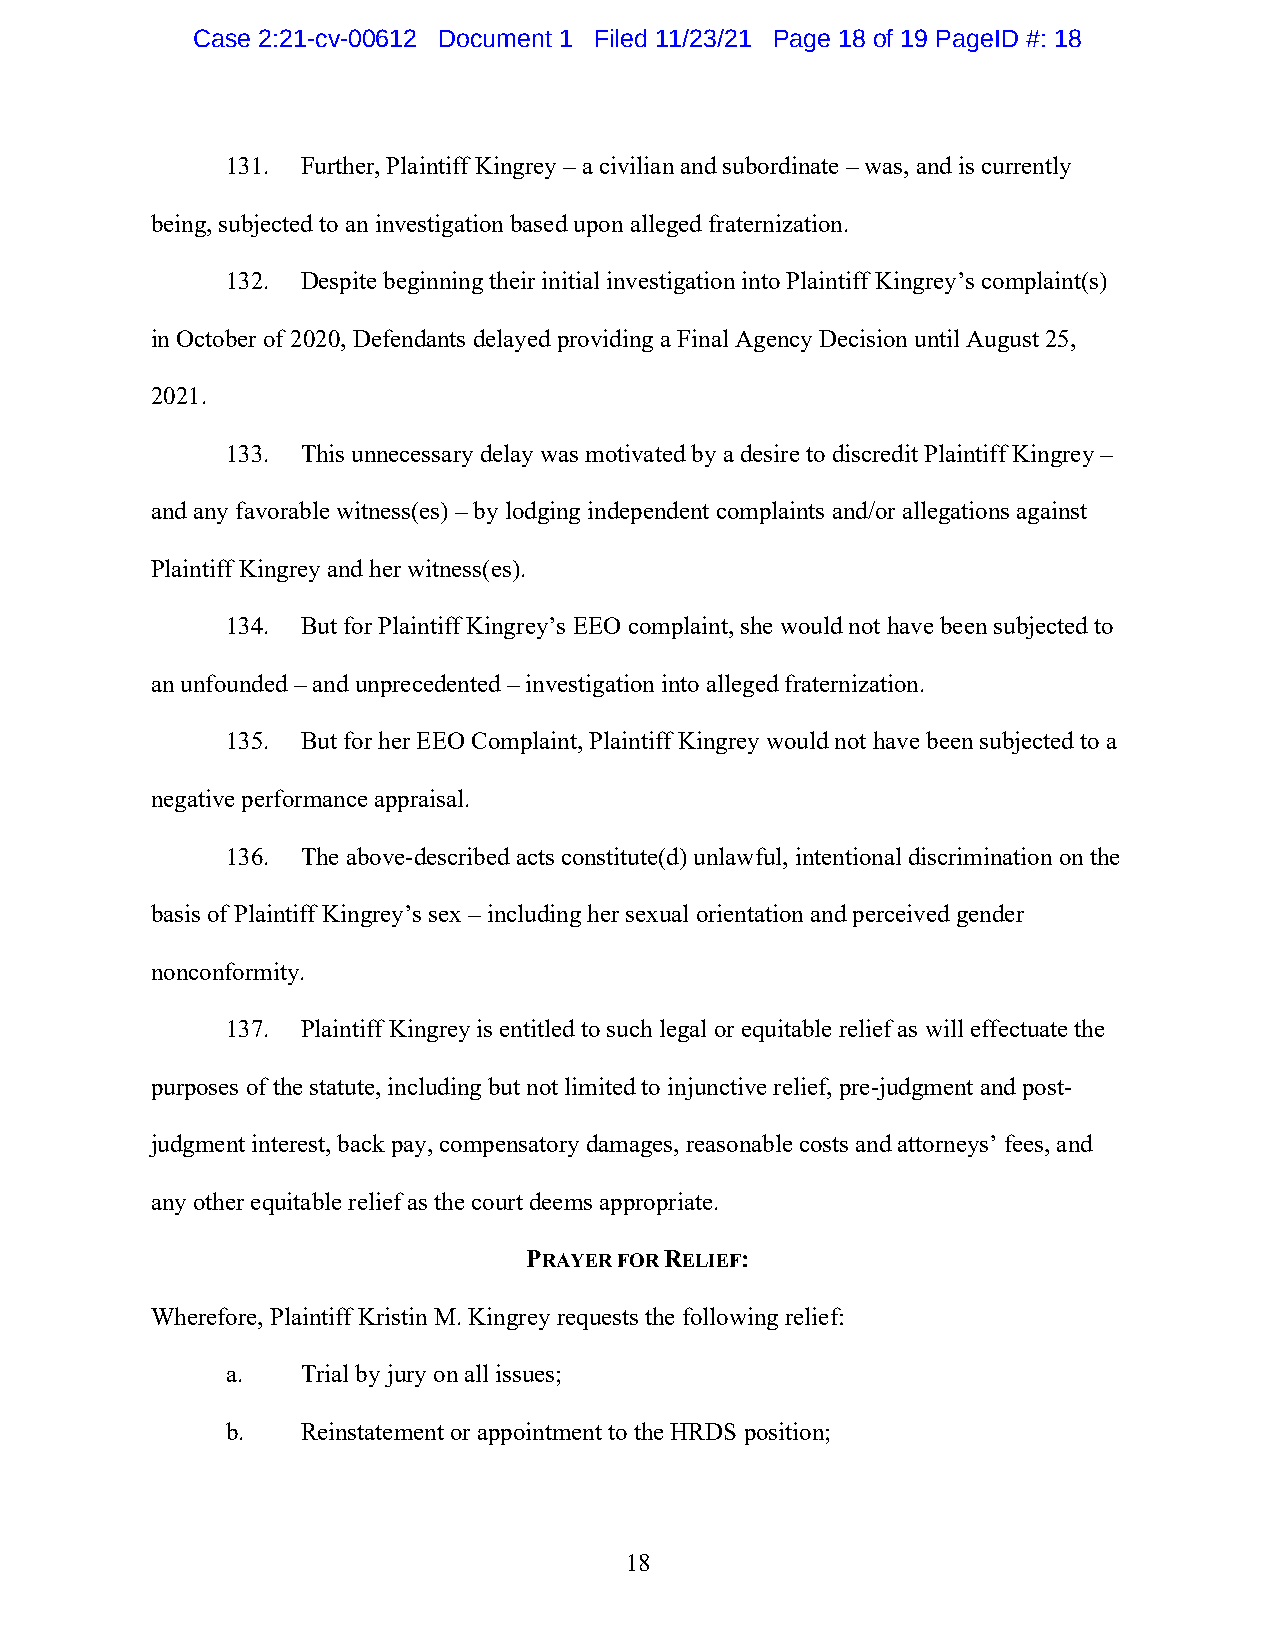
Case 2:21-cv-00612 Document 1 Filed 11/23/21 Page 18 of 19 PageID #: 18
 131. Further, Plaintiff Kingrey – a civilian and subordinate – was, and is currently
 being, subjected to an investigation based upon alleged fraternization.
 132. Despite beginning their initial investigation into Plaintiff Kingrey’s complaint(s)
 in October of 2020, Defendants delayed providing a Final Agency Decision until August 25,
 2021.
 133. This unnecessary delay was motivated by a desire to discredit Plaintiff Kingrey –
 and any favorable witness(es) – by lodging independent complaints and/or allegations against
 Plaintiff Kingrey and her witness(es).
 134. But for Plaintiff Kingrey’s EEO complaint, she would not have been subjected to
 an unfounded – and unprecedented – investigation into alleged fraternization.
 135. But for her EEO Complaint, Plaintiff Kingrey would not have been subjected to a
 negative performance appraisal.
 136. The above-described acts constitute(d) unlawful, intentional discrimination on the
 basis of Plaintiff Kingrey’s sex – including her sexual orientation and perceived gender
 nonconformity.
 137. Plaintiff Kingrey is entitled to such legal or equitable relief as will effectuate the
 purposes of the statute, including but not limited to injunctive relief, pre-judgment and post-
 judgment interest, back pay, compensatory damages, reasonable costs and attorneys’ fees, and
 any other equitable relief as the court deems appropriate.
 PRAYER FOR RELIEF:
 Wherefore, Plaintiff Kristin M. Kingrey requests the following relief:
 a.   Trial by jury on all issues;
 b.   Reinstatement or appointment to the HRDS position;
 18